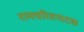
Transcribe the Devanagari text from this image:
रामचरितनाटक